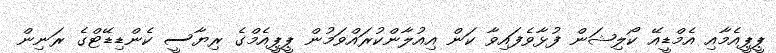
ޕީޕީއެމާއި އެމްޑީއޭ ކޯލިޝަން ފުޅާވެފައިވާ ކަން އިއުލާންކުރައްވަމުން ޕީޕީއެމްގެ ރިޔާސީ ކެންޑިޑޭޓްގެ ރަނިން